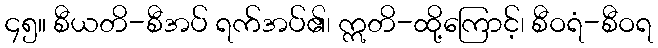
၄၅။ စီယတိ-စီအပ် ရက်အပ်၏၊ ဣတိ-ထို့ကြောင့်၊ စီဝရံ-စီဝရ